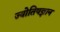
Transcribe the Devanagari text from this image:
ज्योतिषज्ञान